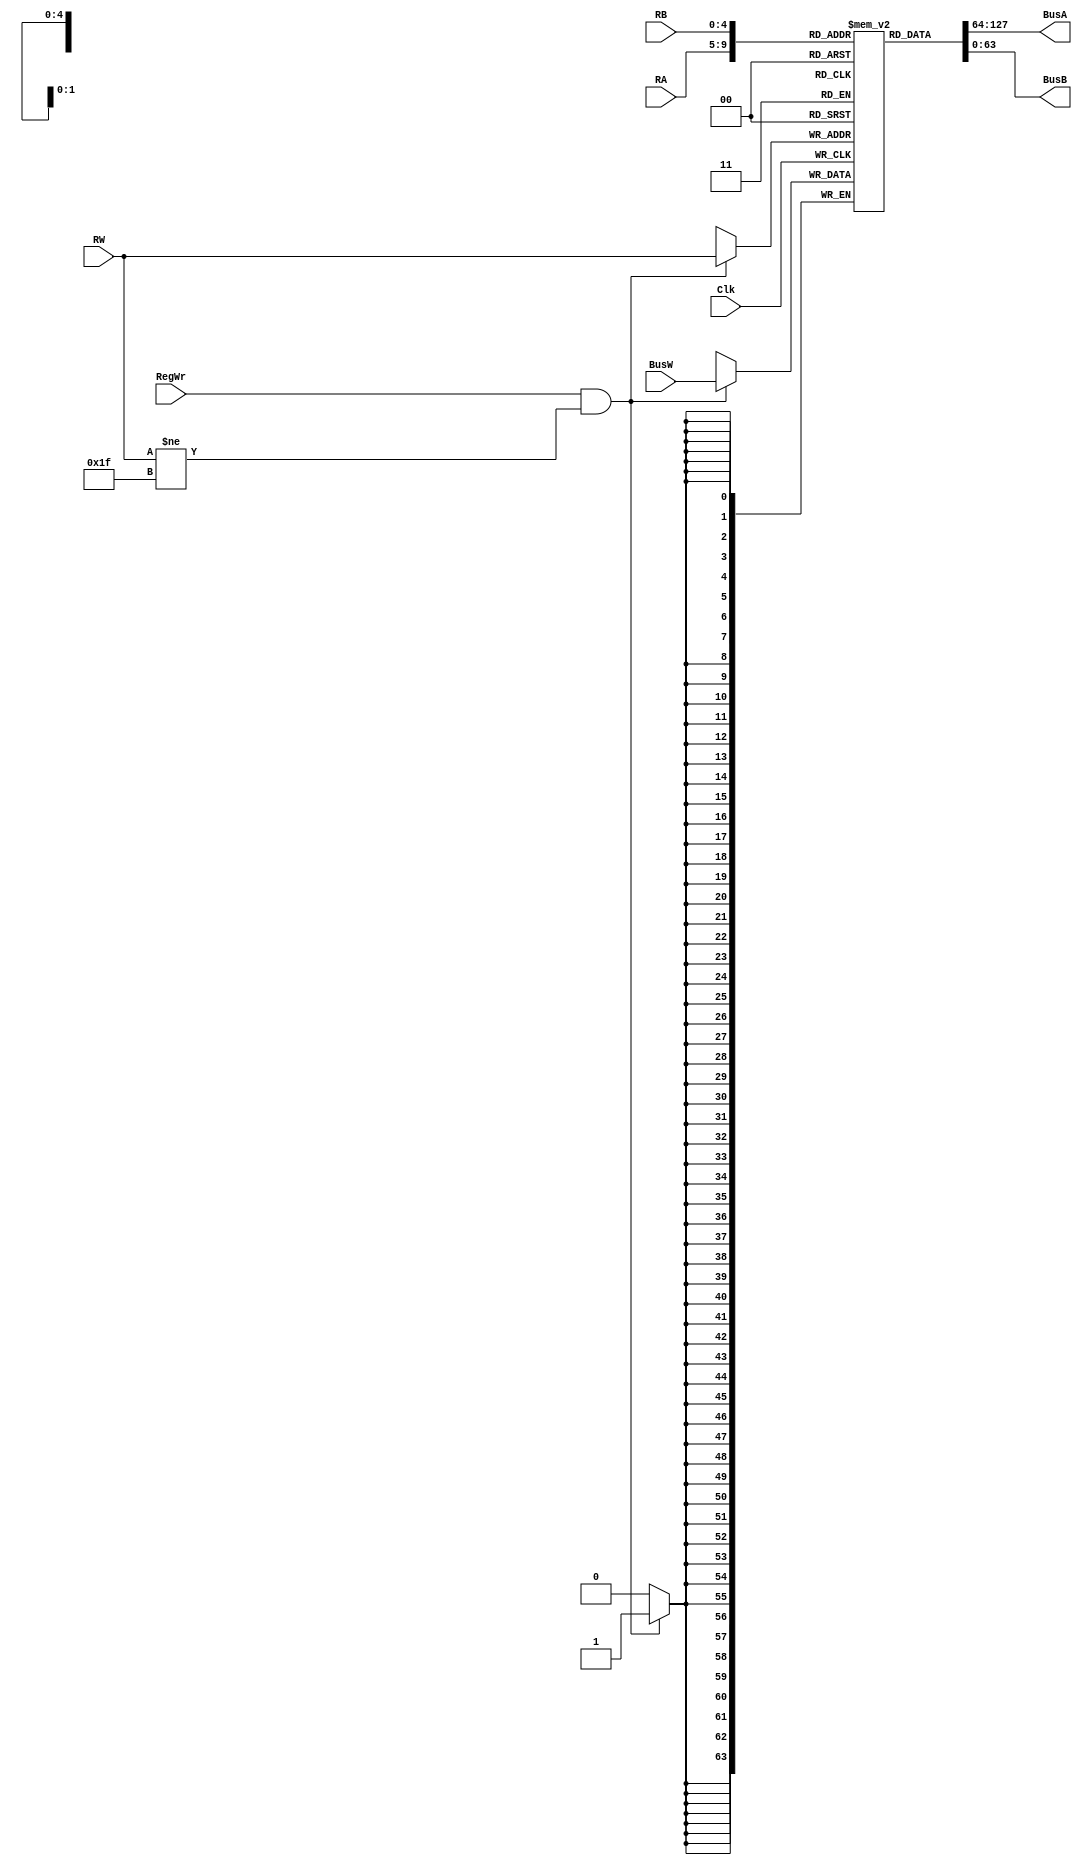
`timescale 1ns / 1ps

module RegisterFile(BusA, BusB, BusW, RA, RB, RW, RegWr, Clk);
/*
    Buses A, B, and W are 64 bits wide.
	
    When RegWr is set to 1, then the data on Bus W is stored in the register specified by Rw, on the negative (falling) clock edge.
    Register 31 must always read zero. 
	
    Data from registers (as specified by Ra and Rb) is sent on Bus A and Bus B respectively, after a delay of 2 tics. 
    Writes to the register file must have a delay of 3 tics. 
*/


	output [63:0] BusA, BusB;
	input [63:0] BusW;
	input RegWr, Clk;
	input [4:0] RA, RB, RW;
	
	reg [63:0] registers [31:0];
	
	initial begin
		//BusA = 64'b0;
		//BusB = 64'b0;
		registers[31] = 64'b0;
	end
	
	always @(negedge Clk) begin
		if(RegWr == 1 && RW != 5'd31) begin
			registers[RW] <= #3 BusW;
		end
	end
		
	assign #2 BusA = registers[RA];
	assign #2 BusB = registers[RB];
	
	
	/*always @ (*) begin
		BusA = #2 registers[RA];
	end
	
	always @ (*) begin
		BusB = #2 registers[RB];
	end*/
endmodule